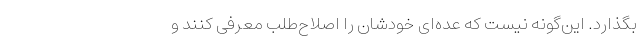
بگذارد. این‌گونه نیست که عده‌ای خودشان را اصلاح‌طلب معرفی کنند و